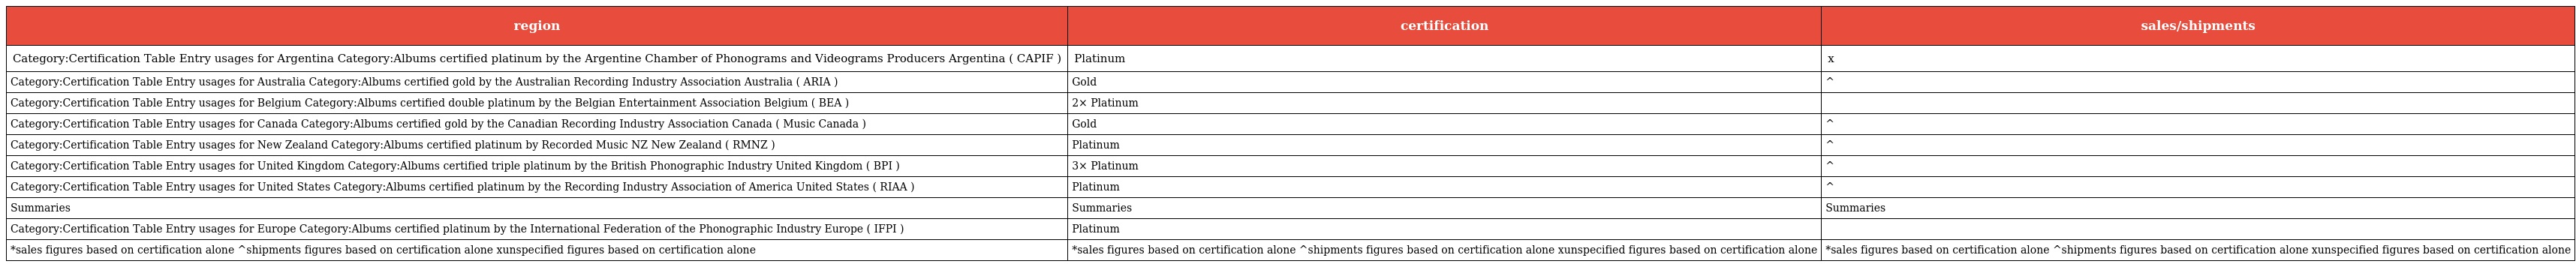
| region | certification | sales/shipments |
 | --- | --- | --- |
 | Category:Certification Table Entry usages for Argentina Category:Albums certified platinum by the Argentine Chamber of Phonograms and Videograms Producers Argentina ( CAPIF ) | Platinum | x |
 | Category:Certification Table Entry usages for Australia Category:Albums certified gold by the Australian Recording Industry Association Australia ( ARIA ) | Gold | ^ |
 | Category:Certification Table Entry usages for Belgium Category:Albums certified double platinum by the Belgian Entertainment Association Belgium ( BEA ) | 2× Platinum |  |
 | Category:Certification Table Entry usages for Canada Category:Albums certified gold by the Canadian Recording Industry Association Canada ( Music Canada ) | Gold | ^ |
 | Category:Certification Table Entry usages for New Zealand Category:Albums certified platinum by Recorded Music NZ New Zealand ( RMNZ ) | Platinum | ^ |
 | Category:Certification Table Entry usages for United Kingdom Category:Albums certified triple platinum by the British Phonographic Industry United Kingdom ( BPI ) | 3× Platinum | ^ |
 | Category:Certification Table Entry usages for United States Category:Albums certified platinum by the Recording Industry Association of America United States ( RIAA ) | Platinum | ^ |
 | Summaries | Summaries | Summaries |
 | Category:Certification Table Entry usages for Europe Category:Albums certified platinum by the International Federation of the Phonographic Industry Europe ( IFPI ) | Platinum |  |
 | *sales figures based on certification alone ^shipments figures based on certification alone xunspecified figures based on certification alone | *sales figures based on certification alone ^shipments figures based on certification alone xunspecified figures based on certification alone | *sales figures based on certification alone ^shipments figures based on certification alone xunspecified figures based on certification alone |